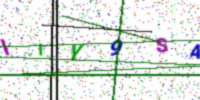
Text: IIY9SA